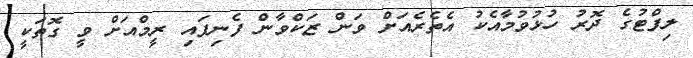
ލިފްޓުގެ ދޮރު ހުޅުވުމާއެކު އެތެރެއަށް ވަން ޒަކްވާން ފެނިފައި ރީމްއަށް ވީ ގޮތަކީ